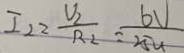
I _ { 2 } = \frac { V _ { 2 } } { R _ { 2 } } = \frac { 6 V } { 2 5 u }